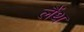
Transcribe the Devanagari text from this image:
लैंथ